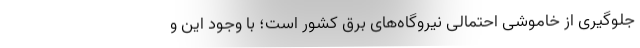
جلوگیری از خاموشی احتمالی نیروگاه‌های برق کشور است؛ با وجود این و